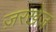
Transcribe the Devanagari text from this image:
ज़रखेज़